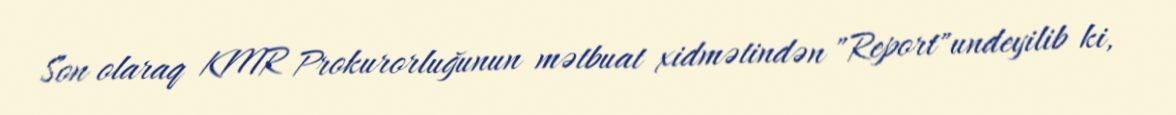
Son olaraq KMR Prokurorluğunun mətbuat xidmətindən "Report"undeyilib ki,